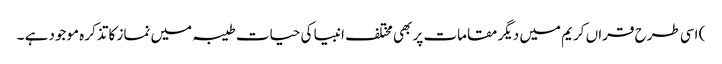
) اسی طرح قراں کریم میں دیگر مقامات پر بھی مختلف انبیا کی حیات طیبہ میں نماز کا تذکرہ موجود ہے ۔